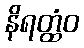
နိရတ္ထံဝ